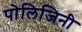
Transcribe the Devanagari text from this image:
पोलिजिनी